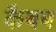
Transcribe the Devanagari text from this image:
कैबब